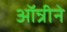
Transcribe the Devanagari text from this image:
ऑन्रीने